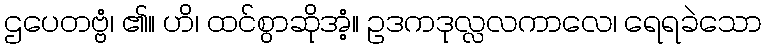
ဌပေတဗ္ဗံ၊ ၏။ ဟိ၊ ထင်စွာဆိုအံ့။ ဥဒကဒုလ္လလကာလေ၊ ရေရခဲသော